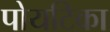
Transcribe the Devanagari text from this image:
पोयटिका